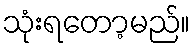
သုံးရတော့မည်။